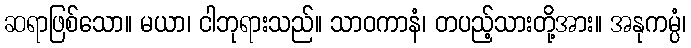
ဆရာဖြစ်သော။ မယာ၊ ငါဘုရားသည်။ သာဝကာနံ၊ တပည့်သားတို့အား။ အနုကမ္ပံ၊